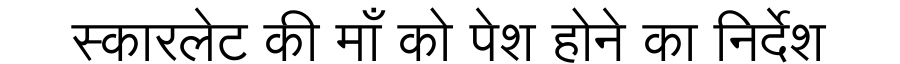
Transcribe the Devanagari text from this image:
स्कारलेट की माँ को पेश होने का निर्देश